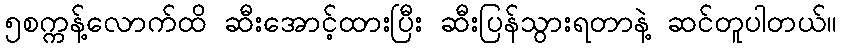
၅စက္ကန့်လောက်ထိ ဆီးအောင့်ထားပြီး ဆီးပြန်သွားရတာနဲ့ ဆင်တူပါတယ်။